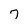
Character: 7